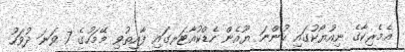
އެމެރިކާގެ ނިއުޔޯކުގައި ހުންނަ ޔޫއެން ހެޑްކުއާޓަރގައި ފާއިތުވި މޭމަހުގެ 7 ވަނަ ދުވަހު